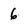
Character: 6